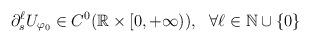
LaTeX: \begin{align*}\partial_s^\ell U_{\varphi_0}\in C^0 (\mathbb R\times [0,+\infty)), ~~\forall \ell\in\mathbb N\cup\{0\} \end{align*}